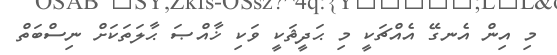
މި އިން އެނގޭ އެއްޗަކީ މި ޙަދީޘަކީ ވަކި ޚާއްޞަ ޙާލަތަކަށް ނިސްބަތް